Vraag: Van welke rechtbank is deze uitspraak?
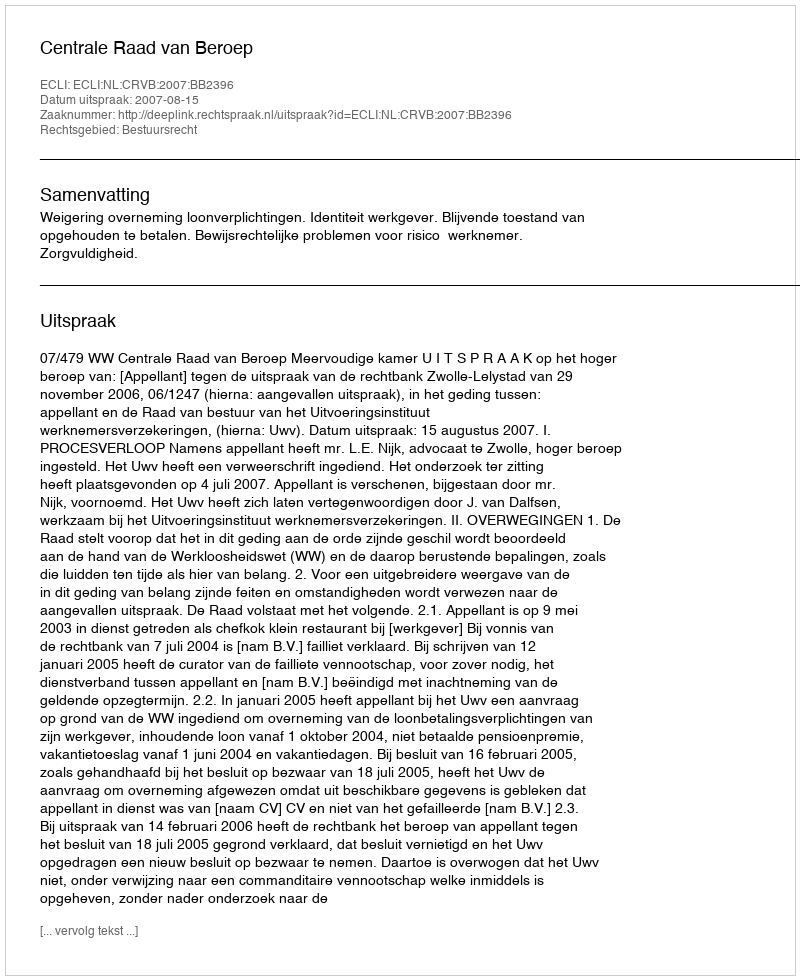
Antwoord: Centrale Raad van Beroep